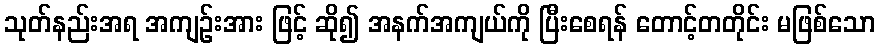
သုတ်နည်းအရ အကျဉ်းအား ဖြင့် ဆို၍ အနက်အကျယ်ကို ပြီးစေရန် တောင့်တတိုင်း မဖြစ်သော